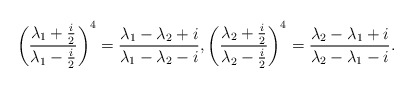
\begin{align*}\left(\frac{\lambda_1+\frac{i}{2}}{\lambda_1-\frac{i}{2}}\right)^4=\frac{\lambda_1-\lambda_2+i}{\lambda_1-\lambda_2-i},\left(\frac{\lambda_2+\frac{i}{2}}{\lambda_2-\frac{i}{2}}\right)^4=\frac{\lambda_2-\lambda_1+i}{\lambda_2-\lambda_1-i}.\end{align*}